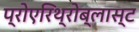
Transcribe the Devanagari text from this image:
प्रोएरिथ्रोब्लास्ट